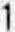
1